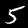
Digit: 5